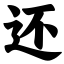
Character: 还